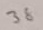
Text: 38